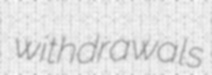
withdrawals